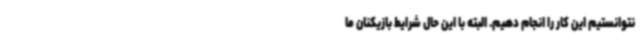
نتوانستیم این کار را انجام دهیم. البته با این حال شرایط بازیکنان ما